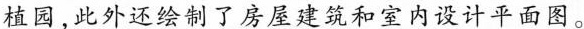
植园，此外还绘制了房屋建筑和室内设计平面图。